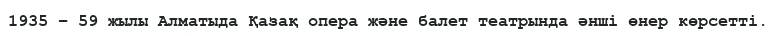
1935 – 59 жылы Алматыда Қазақ опера және балет театрында әнші өнер көрсетті.